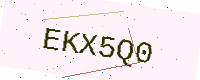
Text: EKX5Q0